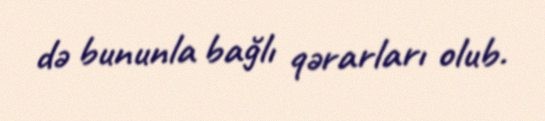
də bununla bağlı qərarları olub.